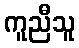
ကူညီသူ